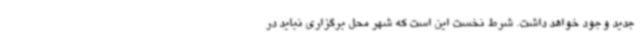
جدید وجود خواهد داشت. شرط نخست این است که شهر محل برگزاری نباید در